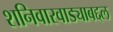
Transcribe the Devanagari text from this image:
शनिवारवाड्याबद्दल